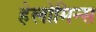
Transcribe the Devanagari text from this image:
हेलोमिन्स